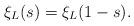
LaTeX: \begin{align*}\xi_L(s) = \xi_L(1-s). \end{align*}